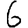
Digit: 6